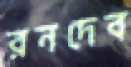
রনদেব